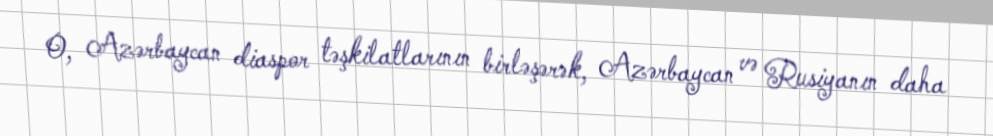
O, Azərbaycan diaspor təşkilatlarının birləşərək, Azərbaycan və Rusiyanın daha